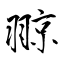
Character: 翞